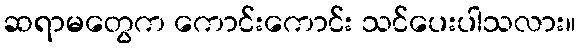
ဆရာမတွေက ကောင်းကောင်း သင်ပေးပါသလား။